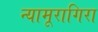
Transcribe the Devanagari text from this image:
न्यामूरागिरा